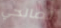
لصالحي